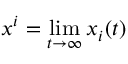
x ^ { i } = \operatorname* { l i m } _ { t \to \infty } x _ { i } ( t )